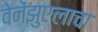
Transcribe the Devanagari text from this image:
वेनेंझुएलाचा